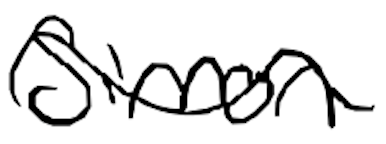
Text: Sirron
Cross-out: wave
Writing tool: digital_black